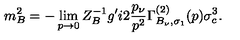
m _ { B } ^ { 2 } = - \lim _ { p \to 0 } Z _ { B } ^ { - 1 } g ^ { \prime } i 2 { \frac { p _ { \nu } } { p ^ { 2 } } } \Gamma _ { B _ { \nu } , \sigma _ { 1 } } ^ { ( 2 ) } ( p ) \sigma _ { c } ^ { 3 } .